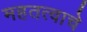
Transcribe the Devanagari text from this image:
महतत्वाचे